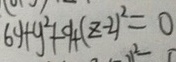
6 y + y ^ { 2 } + 4 ( z - 2 ) ^ { 2 } = 0